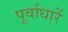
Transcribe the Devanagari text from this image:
पूर्वाधारें